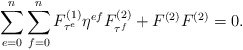
\begin{align*}\sum_{e=0}^n \sum_{f=0}^nF_{\tau^e}^{(1)}\eta^{ef}F_{\tau^f}^{(2)}+F^{(2)}F^{(2)}=0.\end{align*}